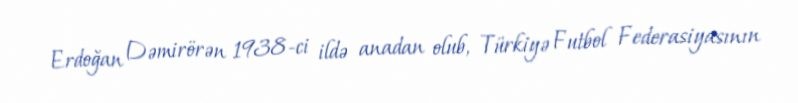
Erdoğan Dəmirörən 1938-ci ildə anadan olub, Türkiyə Futbol Federasiyasının